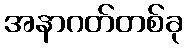
အနာဂတ်တစ်ခု